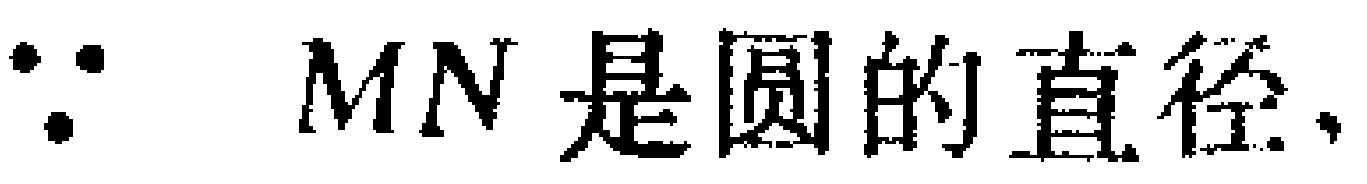
$\because MN\text{ 是圆的直径,}$